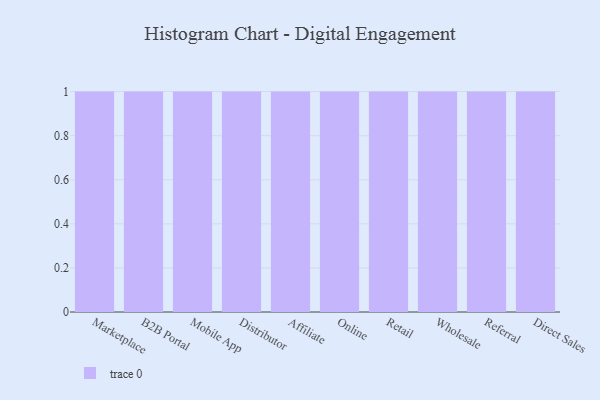
{"axis": {"x": "Channel", "y": "Tickets Resolved"}, "legend": [""], "data": [{"x": "Marketplace", "y": 13, "type": ""}, {"x": "B2B Portal", "y": 21, "type": ""}, {"x": "Mobile App", "y": 20, "type": ""}, {"x": "Distributor", "y": 73, "type": ""}, {"x": "Affiliate", "y": 85, "type": ""}, {"x": "Online", "y": 27, "type": ""}, {"x": "Retail", "y": 73, "type": ""}, {"x": "Wholesale", "y": 53, "type": ""}, {"x": "Referral", "y": 50, "type": ""}, {"x": "Direct Sales", "y": 22, "type": ""}]}